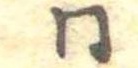
同